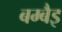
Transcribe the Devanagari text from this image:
बम्बैइ